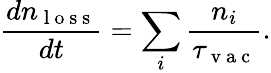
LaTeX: \frac{dn_{\mathrm{~l~o~s~s~}}}{dt}=\sum_{i}\frac{n_{i}}{\tau_{\mathrm{~v~a~c~}}}.